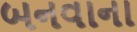
બનવાના